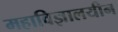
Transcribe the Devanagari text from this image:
महाविज्ञालयीन